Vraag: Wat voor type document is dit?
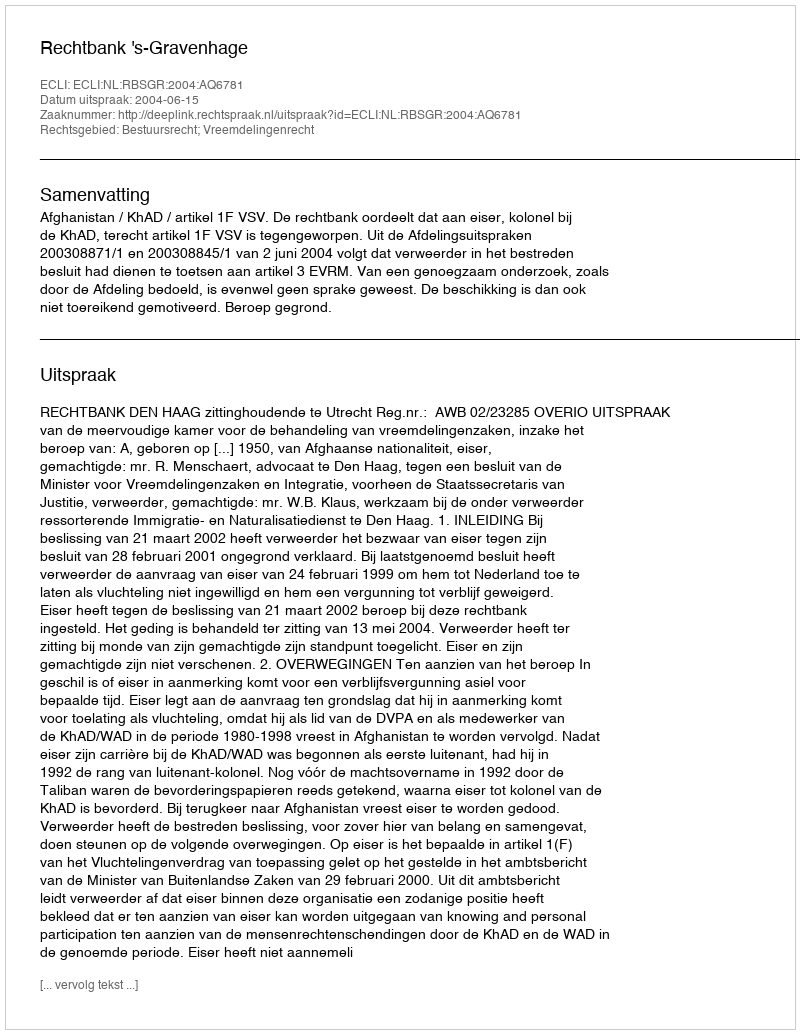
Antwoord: Uitspraak